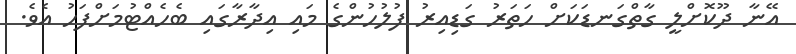
އޭނާ ދޫކޮށްލީ ގާތްގަނޑަކަށް ހަތަރު ގަޑިއިރު ފުލުހުންގެ މައި އިދާރާގައި ބެހެއްޓުމަށްފަހު އެވެ.